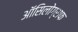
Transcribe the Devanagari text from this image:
ऑसिलोग्राफ